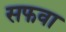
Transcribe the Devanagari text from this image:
सफवा